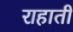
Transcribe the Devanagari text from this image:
राहाती